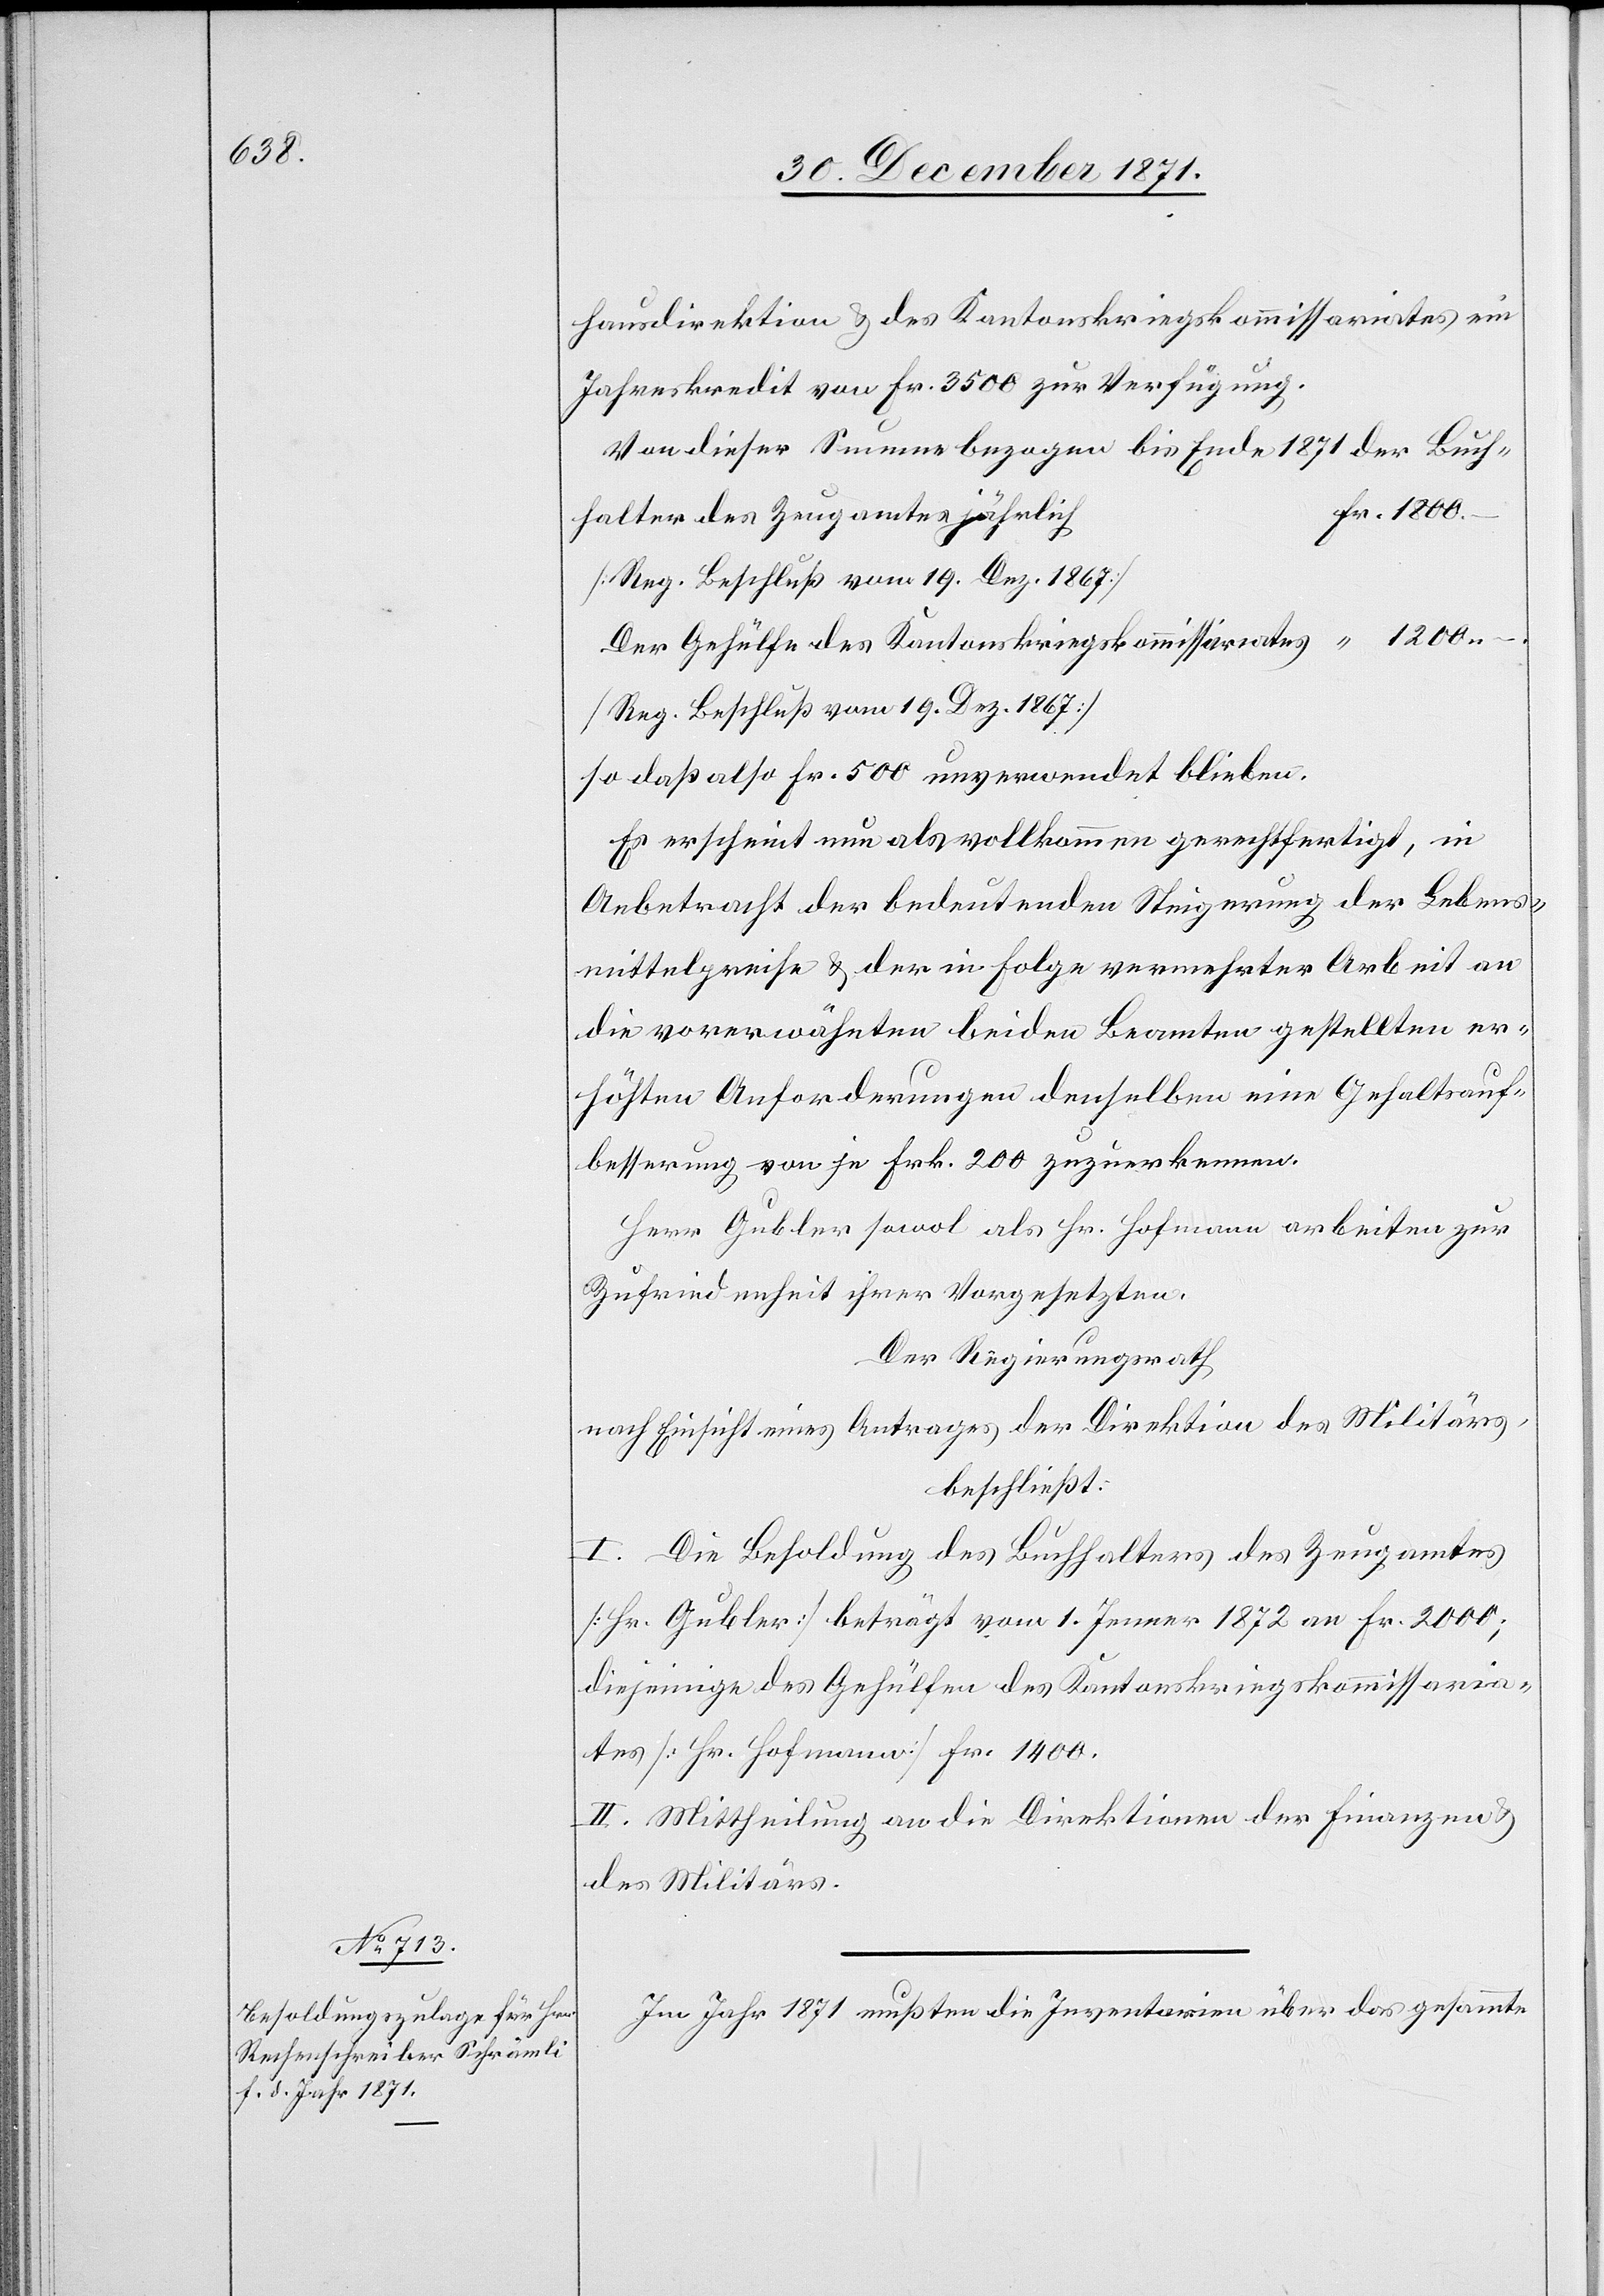
hausdirektion & des Kantonskriegskommissariates ein
Jahreskredit von Fr. 3500 zur Verfügung.
Von dieser Summe bezogen bis Ende 1871 der Buch¬
Fr. 1200.–
halter des Zeugamtes jährlich
[Reg. Beschluß vom 19. Dez. 1867]
Der Gehülfe des Kantonskriegskommissarrathes jährlich
so daß also Fr. 500 unverwendet blieben.
Es erscheint nun als vollkommen gerechtfertigt, in
Anbetracht der bedeutenden Steigerung der Lebens¬
mittelpreise & der in Folge vermehrter Arbeit an
die vorerwähnten beiden Beamten gestellten er¬
höhten Anforderungen denselben eine Gehaltsauf¬
besserung von je Frk. 200 zuzuerkennen.
Herr Gubler sowol als Hr. Hofmann arbeiten zur
Zufriedenheit ihrer Vorgesetzten.
Der Regierungsrath
nach Einsicht eines Antrages der Direktion des Militärs
beschließt:
I. Die Besoldung des Buchhalters des Zeugamtes
[Hr. Gubler] beträgt vom 1. Jenner 1872 an Fr. 2000;
diejenige des Gehülfen des Kantonskriegskommissaria¬
tes [Hr. Hofmann] Fr. 1400.
II. Mittheilung an die Direktionen der Finanzen &
des Militärs.
Im Jahr 1871 mußten die Inventarien über das gesammte